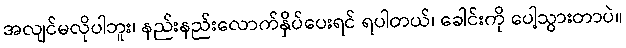
အလျင်မလိုပါဘူး၊ နည်းနည်းလောက်နှိပ်ပေးရင် ရပါတယ်၊ ခေါင်းကို ပေါ့သွားတာပဲ။